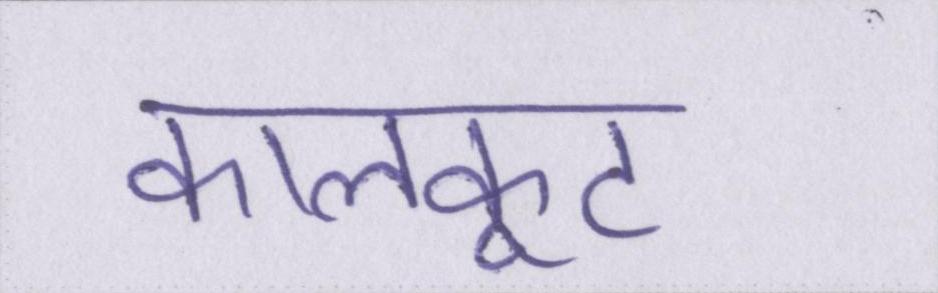
कालकूट